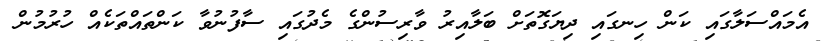
އެމައްސަލާގައި ކަން ހިނގައި ދިޔަގޮތަށް ބަލާއިރު ވާރިސުންގެ މެދުގައި ސާފުނުވާ ކަންތައްތަކެއް ހުރުމުން